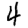
Digit: 4